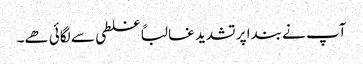
آپ نے بندا پر تشدید غالباً غلطی سے لگائی ھے۔